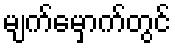
မျက်မှောက်တွင်